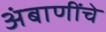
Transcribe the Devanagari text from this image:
अंबाणींचे